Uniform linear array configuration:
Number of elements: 16
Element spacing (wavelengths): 0.25
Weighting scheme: exponential
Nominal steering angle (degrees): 0
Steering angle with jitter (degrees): -0.08963
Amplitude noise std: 0.05
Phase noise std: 0.05

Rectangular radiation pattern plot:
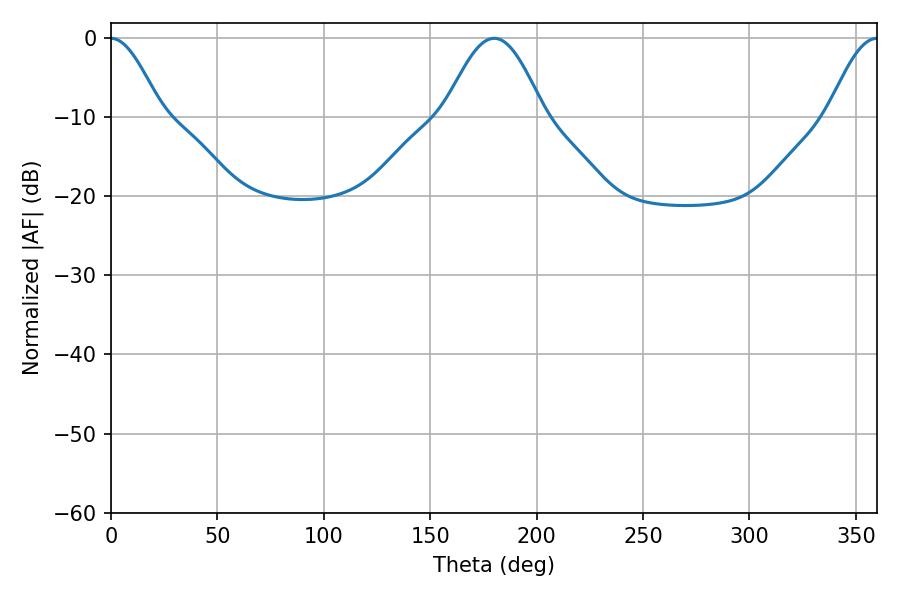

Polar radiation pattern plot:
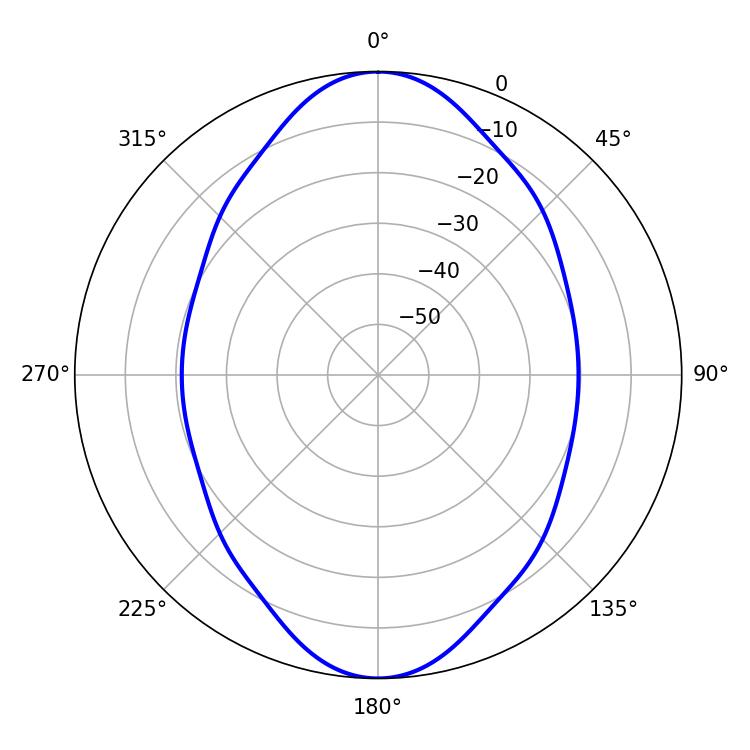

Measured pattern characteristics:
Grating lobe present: FALSE
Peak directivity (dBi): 21.376
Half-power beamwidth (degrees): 12.6
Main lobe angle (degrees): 0